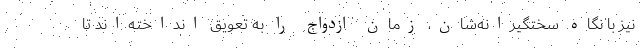
نیز با نگاه سختگیرانه‌شان، زمان ازدواج را به تعویق انداخته‌اند تا